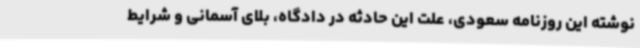
نوشته این روزنامه سعودی، علت این حادثه در دادگاه، بلای آسمانی و شرایط